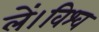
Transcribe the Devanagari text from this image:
लें।विश्व